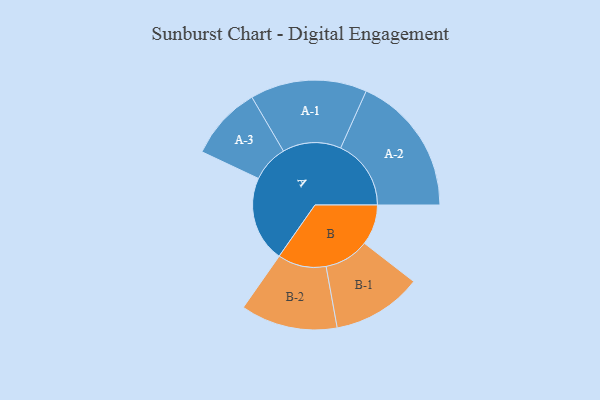
{"axis": {"x": "Segment", "y": "Value"}, "legend": ["", "A", "B"], "data": [{"x": "A", "y": 363, "type": ""}, {"x": "B", "y": 171, "type": ""}, {"x": "A-1", "y": 247, "type": "A"}, {"x": "A-2", "y": 298, "type": "A"}, {"x": "A-3", "y": 156, "type": "A"}, {"x": "B-1", "y": 190, "type": "B"}, {"x": "B-2", "y": 205, "type": "B"}]}